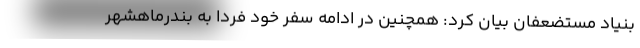
بنیاد مستضعفان بیان کرد: همچنین در ادامه سفر خود فردا به بندرماهشهر